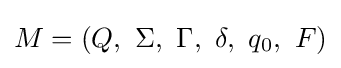
M=(Q,\ \Sigma ,\ \Gamma ,\ \delta ,\ q_{0},\ F)